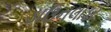
ડાઉનલોડર